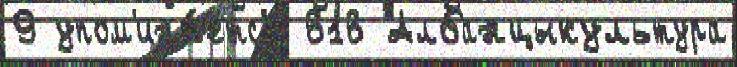
9 упом'ина́етс'я 616 Албанцыкультура